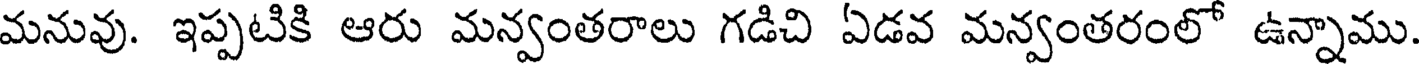
మనువు. ఇప్పటికి ఆరు మన్వంతరాలు గడిచి ఏడవ మన్వంతరంలో ఉన్నాము.